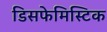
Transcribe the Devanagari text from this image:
डिसफेमिस्टिक